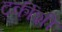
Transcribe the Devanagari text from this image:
टर्कीशी